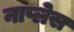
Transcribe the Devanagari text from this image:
नाप्लेस